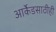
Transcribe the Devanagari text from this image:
आर्केडसाठीही